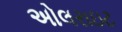
અોલરાઇટ